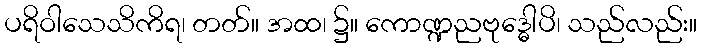
ပရိဝါသေသိကိရ၊ တတ်။ အထ၊ ၌။ ကောဏ္ဍညဗုဒ္ဓေါပိ၊ သည်လည်း။